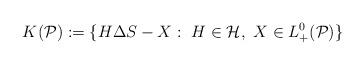
LaTeX: \begin{align*}K(\mathcal{P}):=\{H\Delta S-X:\ H\in\mathcal{H},\ X\in L_+^0(\mathcal{P})\}\end{align*}